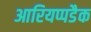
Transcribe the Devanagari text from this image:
आरियप्पडैक